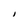
Character: I